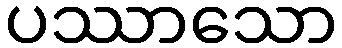
ပဿာသော